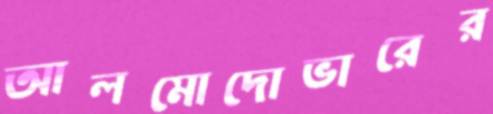
আলমোদোভারের